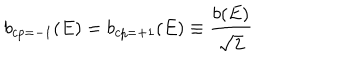
b _ { c p = - 1 } ( E ) = b _ { c p = + 1 } ( E ) \equiv { \frac { b ( E ) } { \sqrt { 2 } } }